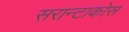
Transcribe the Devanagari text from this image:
सरान्टाकोस